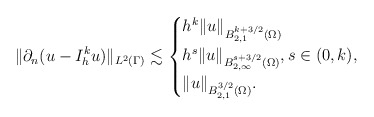
\begin{align*}\|\partial_n (u - I^k_h u)\|_{L^2(\Gamma)} \lesssim \begin{cases}h^k \|u\|_{B^{k+3/2}_{2,1}(\Omega)} \\h^s \|u\|_{B^{s+3/2}_{2,\infty}(\Omega)}, s \in (0,k), \\ \|u\|_{B^{3/2}_{2,1}(\Omega)}.\end{cases}\end{align*}